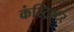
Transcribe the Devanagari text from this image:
कंस्ट्रिक्टर